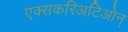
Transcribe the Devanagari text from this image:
एक्सकरिअटिओन्